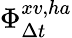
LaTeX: \Phi_{\Delta t}^{xv,ha}